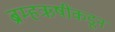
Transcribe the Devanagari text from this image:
ब्रम्हऋषींकडून